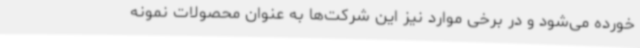
خورده می‌شود و در برخی موارد نیز این شرکت‌ها به عنوان محصولات نمونه